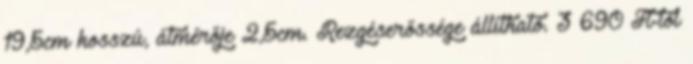
19,5cm hosszú, átmérője 2,5cm. Rezgéserőssége állítható. 3 690 Ft-tól